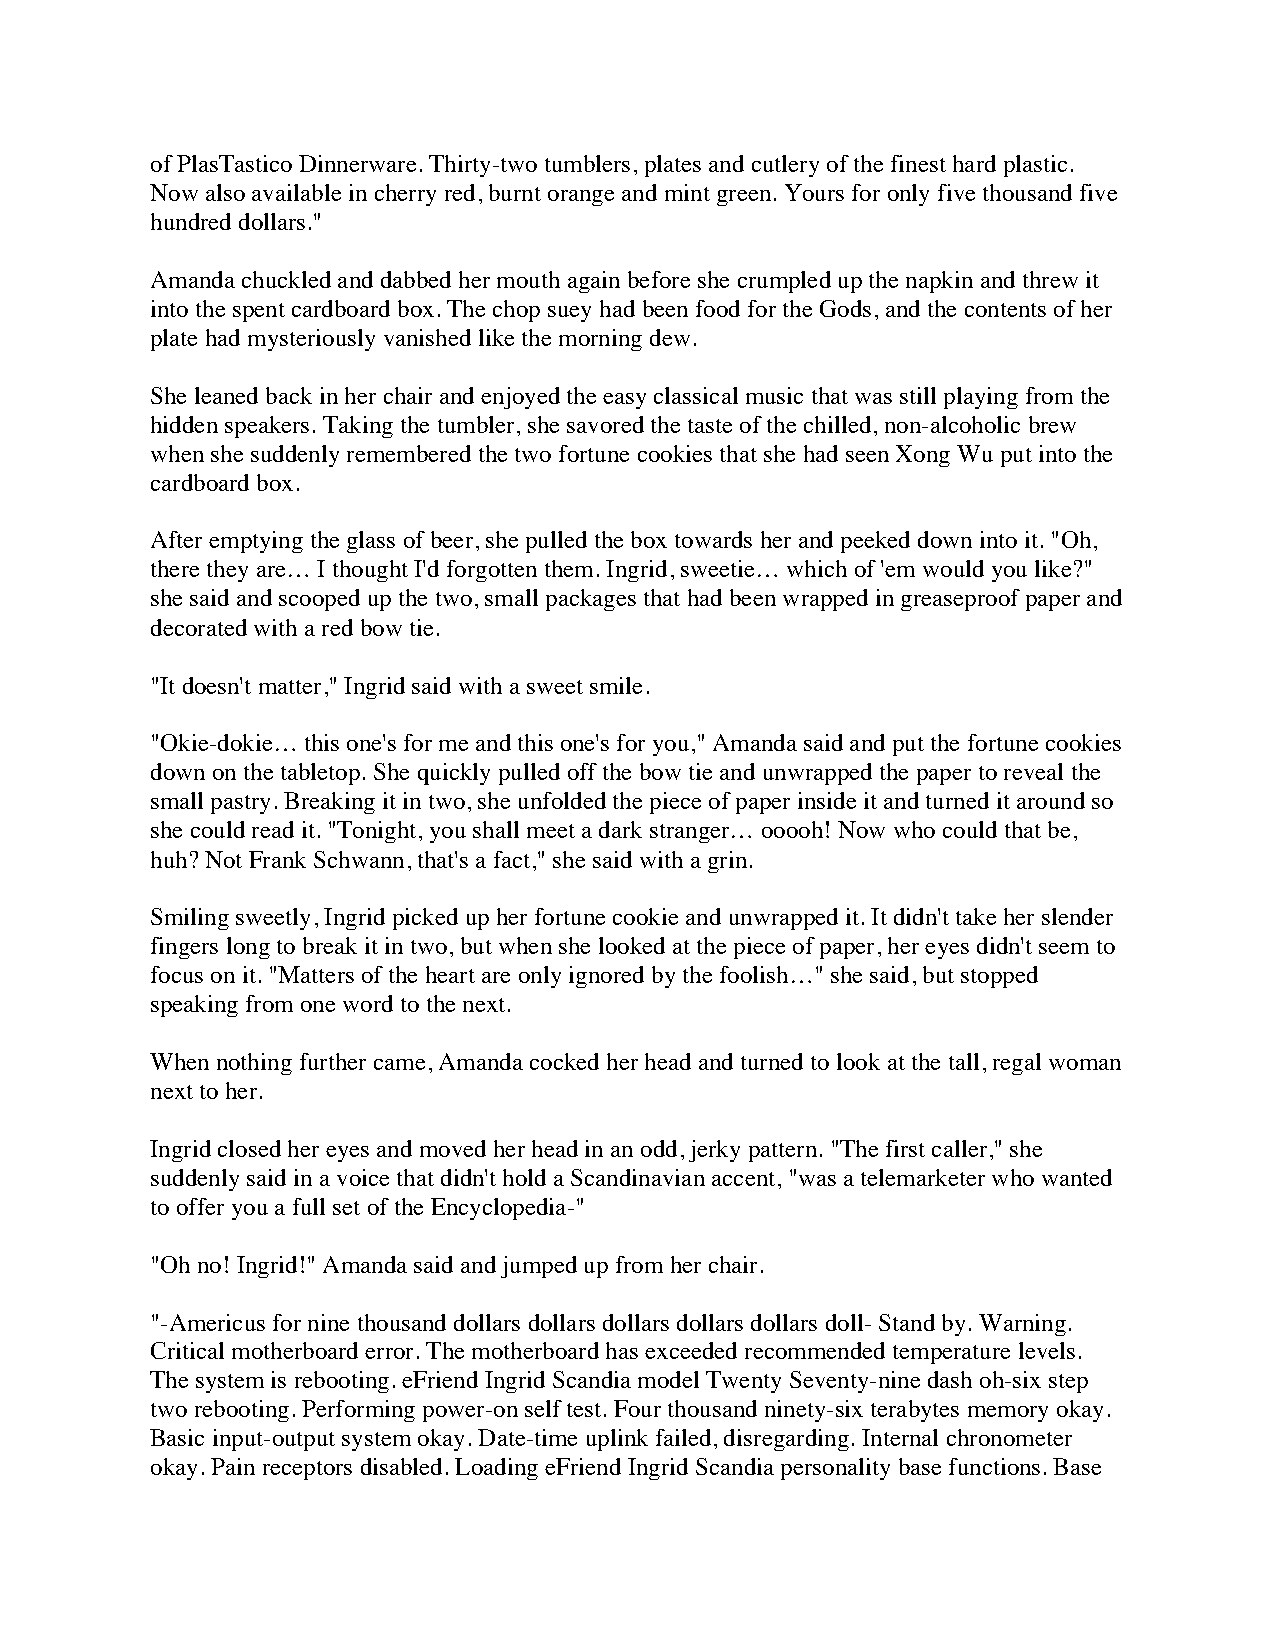
of PlasTastico Dinnerware. Thirty-two tumblers, plates and cutlery of the finest hard plastic.
 Now also available in cherry red, burnt orange and mint green. Yours for only five thousand five
 hundred dollars."
 Amanda chuckled and dabbed her mouth again before she crumpled up the napkin and threw it
 into the spent cardboard box. The chop suey had been food for the Gods, and the contents of her
 plate had mysteriously vanished like the morning dew.
 She leaned back in her chair and enjoyed the easy classical music that was still playing from the
 hidden speakers. Taking the tumbler, she savored the taste of the chilled, non-alcoholic brew
 when she suddenly remembered the two fortune cookies that she had seen Xong Wu put into the
 cardboard box.
 After emptying the glass of beer, she pulled the box towards her and peeked down into it. "Oh,
 there they are… I thought I'd forgotten them. Ingrid, sweetie… which of 'em would you like?"
 she said and scooped up the two, small packages that had been wrapped in greaseproof paper and
 decorated with a red bow tie.
 "It doesn't matter," Ingrid said with a sweet smile.
 "Okie-dokie… this one's for me and this one's for you," Amanda said and put the fortune cookies
 down on the tabletop. She quickly pulled off the bow tie and unwrapped the paper to reveal the
 small pastry. Breaking it in two, she unfolded the piece of paper inside it and turned it around so
 she could read it. "Tonight, you shall meet a dark stranger… ooooh! Now who could that be,
 huh? Not Frank Schwann, that's a fact," she said with a grin.
 Smiling sweetly, Ingrid picked up her fortune cookie and unwrapped it. It didn't take her slender
 fingers long to break it in two, but when she looked at the piece of paper, her eyes didn't seem to
 focus on it. "Matters of the heart are only ignored by the foolish…" she said, but stopped
 speaking from one word to the next.
 When nothing further came, Amanda cocked her head and turned to look at the tall, regal woman
 next to her.
 Ingrid closed her eyes and moved her head in an odd, jerky pattern. "The first caller," she
 suddenly said in a voice that didn't hold a Scandinavian accent, "was a telemarketer who wanted
 to offer you a full set of the Encyclopedia-"
 "Oh no! Ingrid!" Amanda said and jumped up from her chair.
 "-Americus for nine thousand dollars dollars dollars dollars dollars doll- Stand by. Warning.
 Critical motherboard error. The motherboard has exceeded recommended temperature levels.
 The system is rebooting. eFriend Ingrid Scandia model Twenty Seventy-nine dash oh-six step
 two rebooting. Performing power-on self test. Four thousand ninety-six terabytes memory okay.
 Basic input-output system okay. Date-time uplink failed, disregarding. Internal chronometer
 okay. Pain receptors disabled. Loading eFriend Ingrid Scandia personality base functions. Base